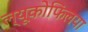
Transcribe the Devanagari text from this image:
ल्यूकोफिलया